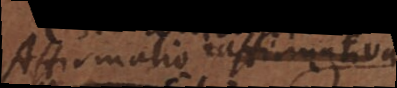
Affirmatio affirmativa